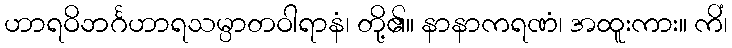
ဟာရဝိဘင်္ဂဟာရသမ္ပာတဝါရာနံ၊ တို့၏။ နာနာကရဏံ၊ အထူးကား။ ကိံ၊